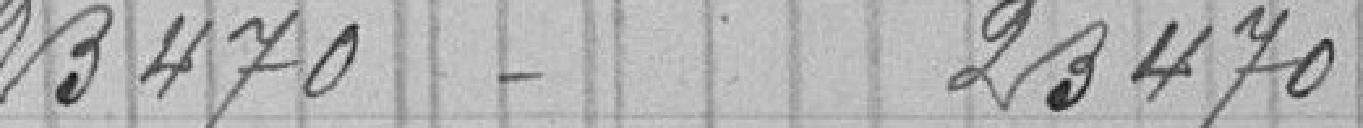
23470 -      23470 -